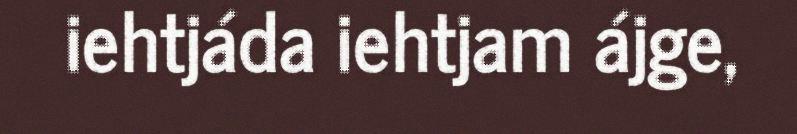
iehtjáda iehtjam ájge,